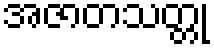
အဇာတသတ္တု